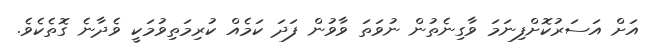
އަށް އަސަރުކޮށްފިނަމަ ވާގިނެތުން ނުވަތަ ވާވުން ފަދަ ކަމެއް ކުރިމަތިވުމަކީ ވެދާނެ ގޮތެކެވެ.